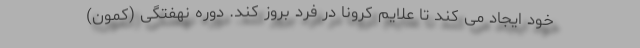
خود ایجاد می کند تا علایم کرونا در فرد بروز کند. دوره نهفتگی (کمون)